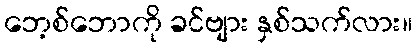
ဘေ့စ်ဘောကို ခင်ဗျား နှစ်သက်လား။